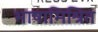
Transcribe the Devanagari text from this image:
भाषामिश्रित